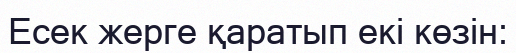
Есек жерге қаратып екі көзін: